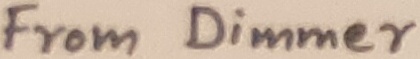
Text: From Dimmer